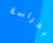
بحراسة